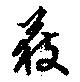
獲